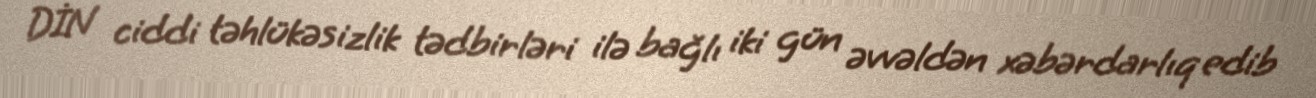
DİN ciddi təhlükəsizlik tədbirləri ilə bağlı iki gün əvvəldən xəbərdarlıq edib